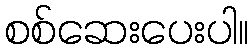
စစ်ဆေးပေးပါ။